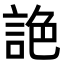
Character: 𧧘